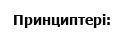
Принциптері: